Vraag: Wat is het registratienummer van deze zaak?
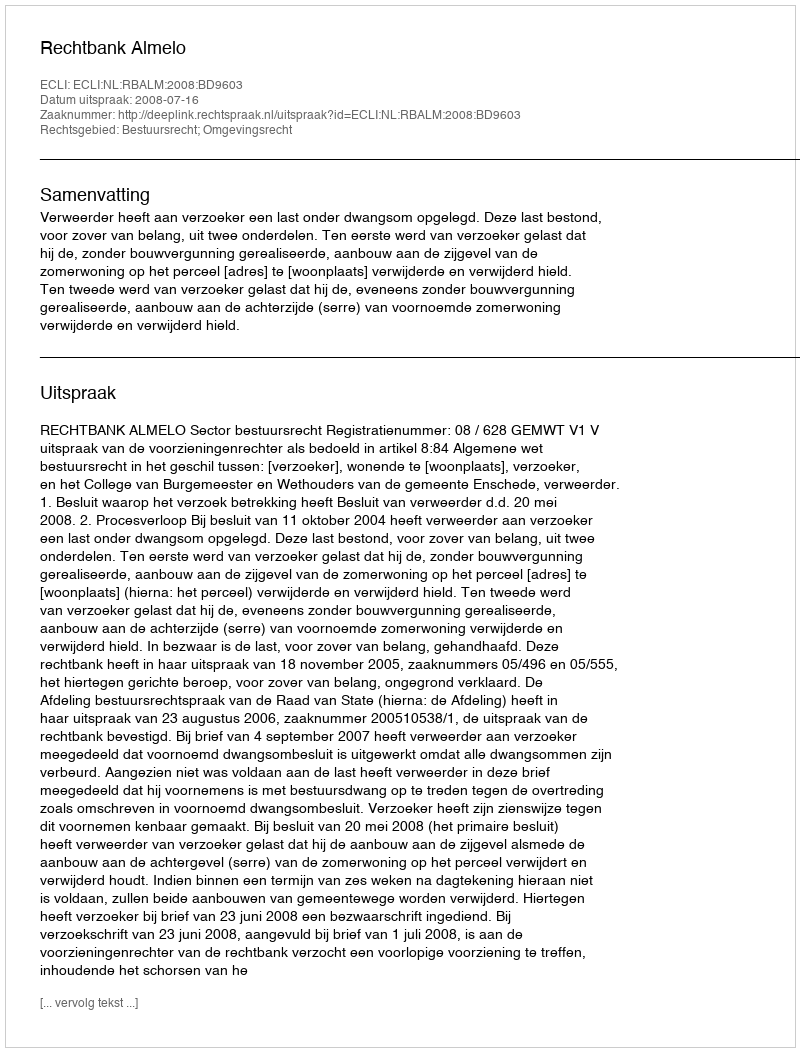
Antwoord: http://deeplink.rechtspraak.nl/uitspraak?id=ECLI:NL:RBALM:2008:BD9603